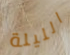
الليلة